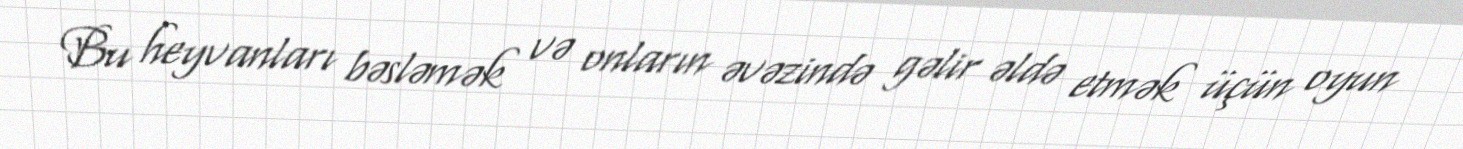
Bu heyvanları bəsləmək və onların əvəzində gəlir əldə etmək üçün oyun